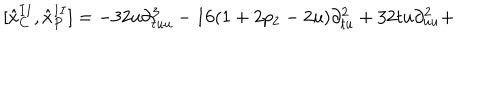
LaTeX: \lbrack { \hat { x } } _ { C } ^ { I I } , { \hat { x } } _ { P } ^ { I I } ] = - 3 2 u \partial _ { t u u } ^ { 3 } - 1 6 ( 1 + 2 p _ { 2 } - 2 u ) \partial _ { t u } ^ { 2 } + 3 2 t u \partial _ { u u } ^ { 2 } +